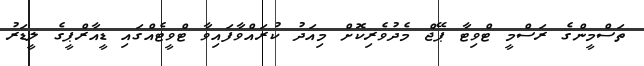
ތަސްމީންގެ ރަސްމީ ޓްވިޓާ ޕޭޖް މެދުވެރިކޮށް މިއަދު ކުރައްވާފައިވާ ޓްވީޓެއްގައި ޑީއާރްޕީގެ ލީޑަރު